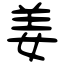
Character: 姜